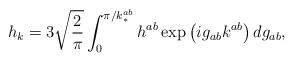
LaTeX: \begin{align*}h_k=3\sqrt{\frac{2}{\pi}} \int_0^{\pi/k_*^{ab}}h^{ab}\exp\left(ig_{ab}k^{ab}\right)dg_{ab} ,\end{align*}